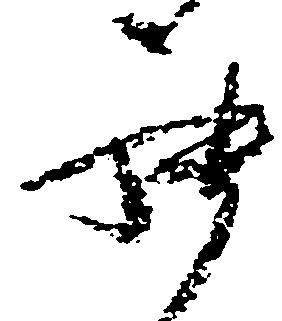
罷